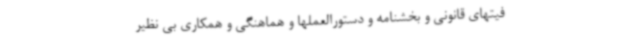
فیتهای قانونی و بخشنامه و دستورالعملها و هماهنگی و همکاری بی نظیر